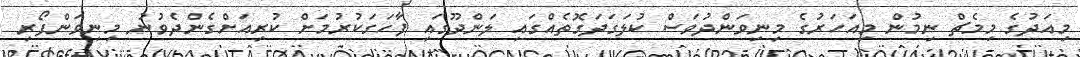
މިއަދުގެ މިމެޗް ނިމުން މިއަހަރުގެ މިނިވަންދުވަސް ކުލަގަދަގޮތެއްގައި ލަންދޫގައި ފާހަގަކުރުމަށް ކުރިއަށްގެންދެވުނު މިނިވަންފޯރި